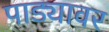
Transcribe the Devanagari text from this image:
पाड्यावर